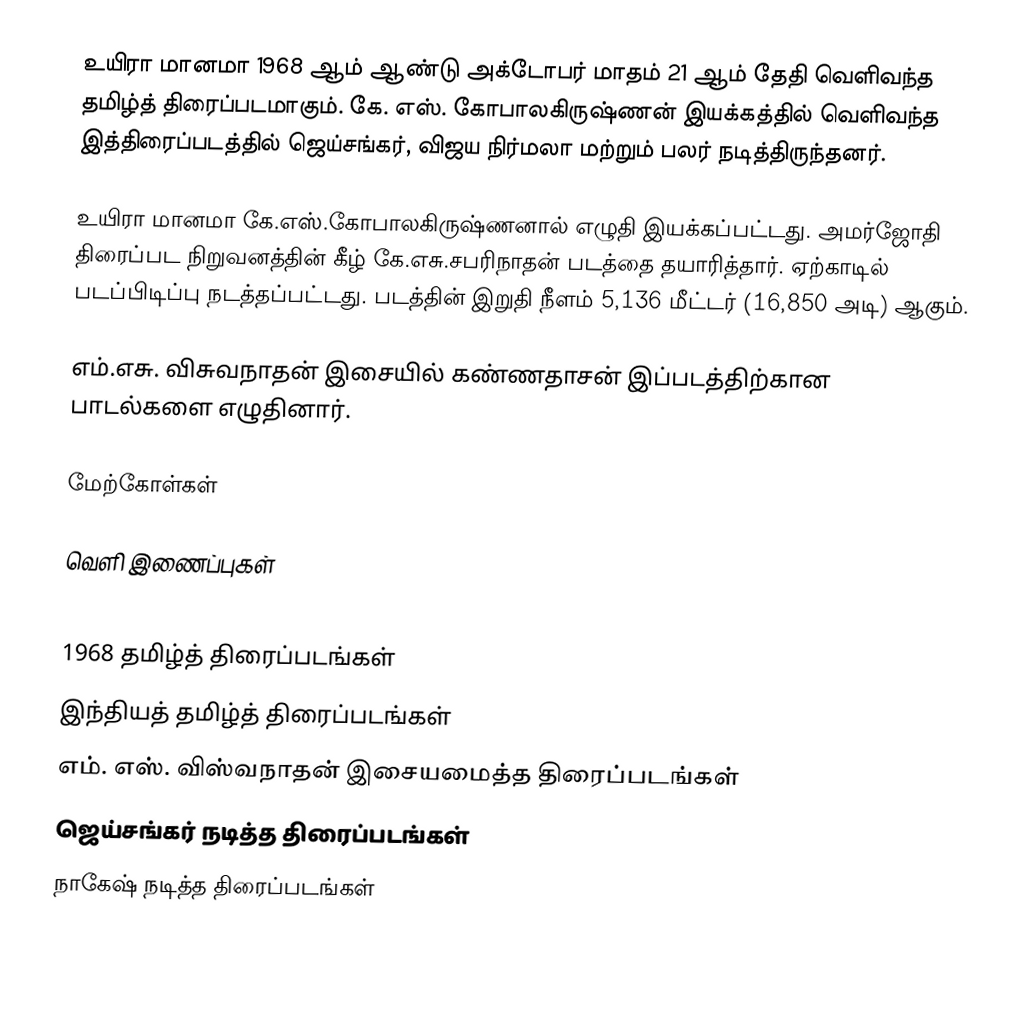
உயிரா மானமா 1968 ஆம் ஆண்டு அக்டோபர் மாதம் 21 ஆம் தேதி வெளிவந்த தமிழ்த் திரைப்படமாகும். கே. எஸ். கோபாலகிருஷ்ணன் இயக்கத்தில் வெளிவந்த இத்திரைப்படத்தில் ஜெய்சங்கர், விஜய நிர்மலா மற்றும் பலர் நடித்திருந்தனர்.

உயிரா மானமா கே.எஸ்.கோபாலகிருஷ்ணனால் எழுதி இயக்கப்பட்டது. அமர்ஜோதி திரைப்பட நிறுவனத்தின் கீழ் கே.எசு.சபரிநாதன் படத்தை தயாரித்தார். ஏற்காடில் படப்பிடிப்பு நடத்தப்பட்டது. படத்தின் இறுதி நீளம் 5,136 மீட்டர் (16,850 அடி) ஆகும்.

எம்.எசு. விசுவநாதன் இசையில் கண்ணதாசன் இப்படத்திற்கான பாடல்களை எழுதினார்.

மேற்கோள்கள்

வெளி இணைப்புகள்

1968 தமிழ்த் திரைப்படங்கள்
இந்தியத் தமிழ்த் திரைப்படங்கள்
எம். எஸ். விஸ்வநாதன் இசையமைத்த திரைப்படங்கள்
ஜெய்சங்கர் நடித்த திரைப்படங்கள்
நாகேஷ் நடித்த திரைப்படங்கள்